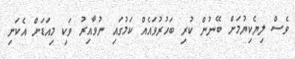
ވެސް ލިޔެކިޔުމަށް ބޭނުން ކުރި ބަހުރުވައެއް ކަމުގައި ނުވާއިރު ވަކި މިއަޑަށް އެކަނި